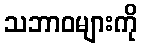
သဘာဝများကို